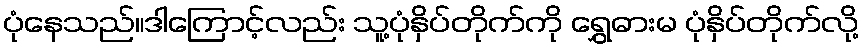
ပုံနေသည်။ဒါကြောင့်လည်း သူ့ပုံနှိပ်တိုက်ကို ရွှေဓားမ ပုံနှိပ်တိုက်လို့